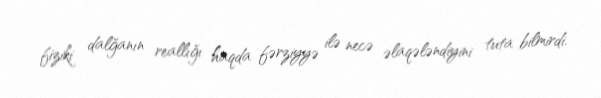
fiziki dalğanın reallığı haqda fərziyyə ilə necə əlaqələndiyini tuta bilmirdi.